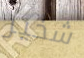
شخير